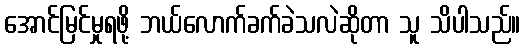
အောင်မြင်မှုရဖို့ ဘယ်လောက်ခက်ခဲသလဲဆိုတာ သူ သိပါသည်။